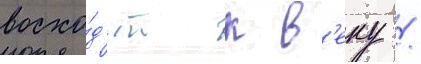
восхо́д'ит к в'еку /